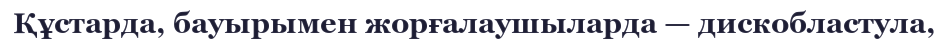
Құстарда, бауырымен жорғалаушыларда — дискобластула,